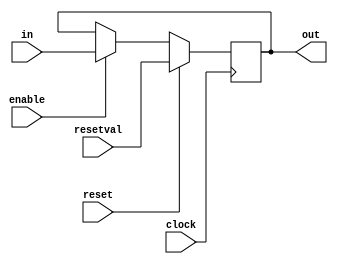
module cenrreg(out, in, enable, reset, resetval, clock);

	input clock;
	input [width-1:0] in;
	input enable, reset;
	input [width-1:0] resetval;
	output [width-1:0] out;	
	parameter width = 8;
	reg [width-1:0] out;
	
	always @(posedge clock) 
	begin
		if (reset)
		        out <= resetval;
		else if (enable)
		        out <= in;
	end

endmodule